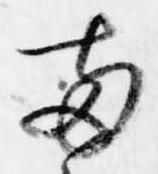
両